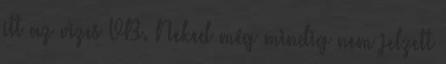
itt az vizes VB. Neked még mindig nem jelzett